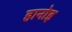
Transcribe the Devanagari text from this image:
हानोइ